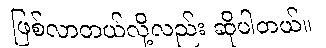
ဖြစ်လာတယ်လို့လည်း ဆိုပါတယ်။